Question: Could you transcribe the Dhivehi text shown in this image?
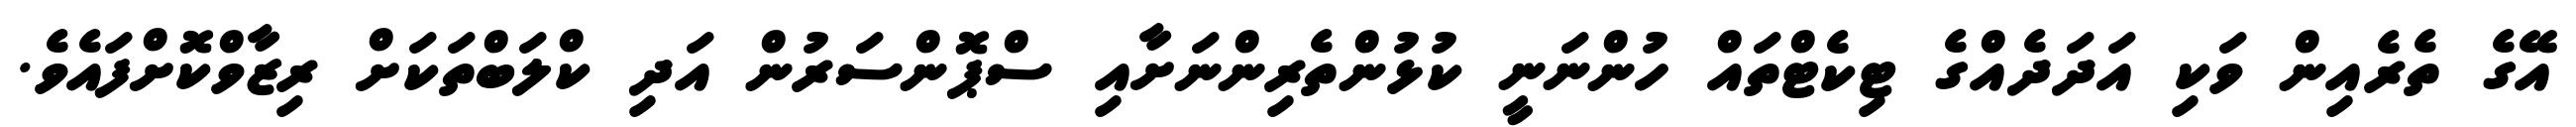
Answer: އޭގެ ތެރެއިން ވަކި އަދަދެއްގެ ޓިކެޓްތައް ހުންނަނީ ކުޅުންތެރިންނަށާއި ސްޕޮންސަރުން އަދި ކްލަބްތަކަށް ރިޒާވްކޮށްފައެވެ.